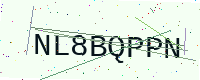
Text: NL8BQPPN